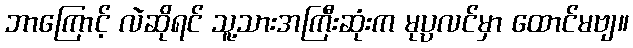
ဘာကြောင့် လဲဆိုရင် သူ့သားအကြီးဆုံးက မုပ္ပလင်မှာ ထောင်မဗျ။